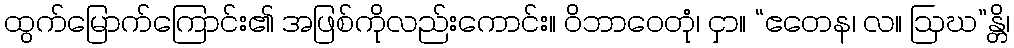
ထွက်မြောက်ကြောင်း၏ အဖြစ်ကိုလည်းကောင်း။ ဝိဘာဝေတုံ၊ ငှာ။ “ဧတေန၊ လ။ ဩဃ”န္တိ၊